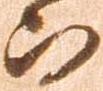
而